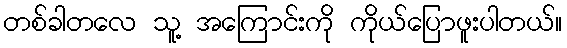
တစ်ခါတလေ သူ့ အကြောင်းကို ကိုယ်ပြောဖူးပါတယ်။